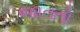
જાતતો